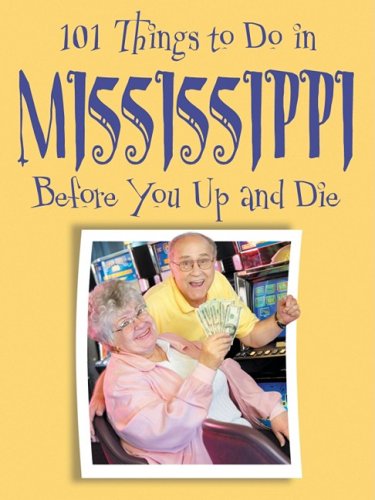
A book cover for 101 Things to Do in Mississippi Before You Up and Die; Ellen Patrick; Travel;